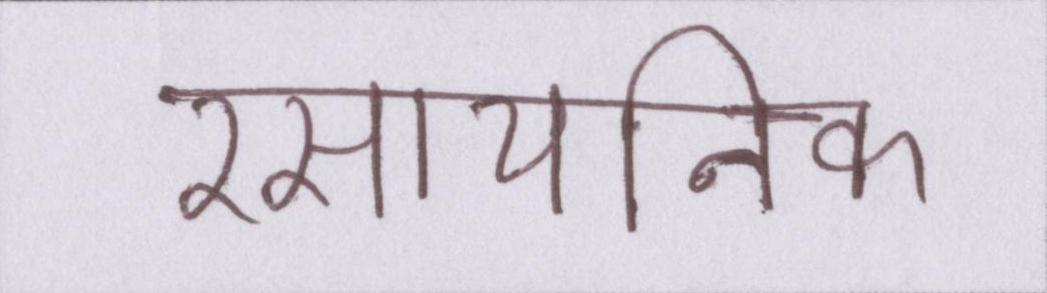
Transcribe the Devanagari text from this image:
रसायनिक